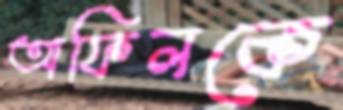
অফিলকে